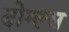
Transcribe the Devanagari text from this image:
दोग्ल्स